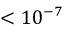
< 1 0 ^ { - 7 }